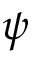
\psi